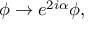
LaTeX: \phi \rightarrow e ^ { 2 i \alpha } \phi ,